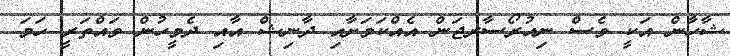
ޝާހާން އަކީ ވެސް ނިއުރޯސާރޖަން އެއްކަމަށާއި ދާނިޝް އާއި ދެމީހުން ވައްތަރީ ހަމަ